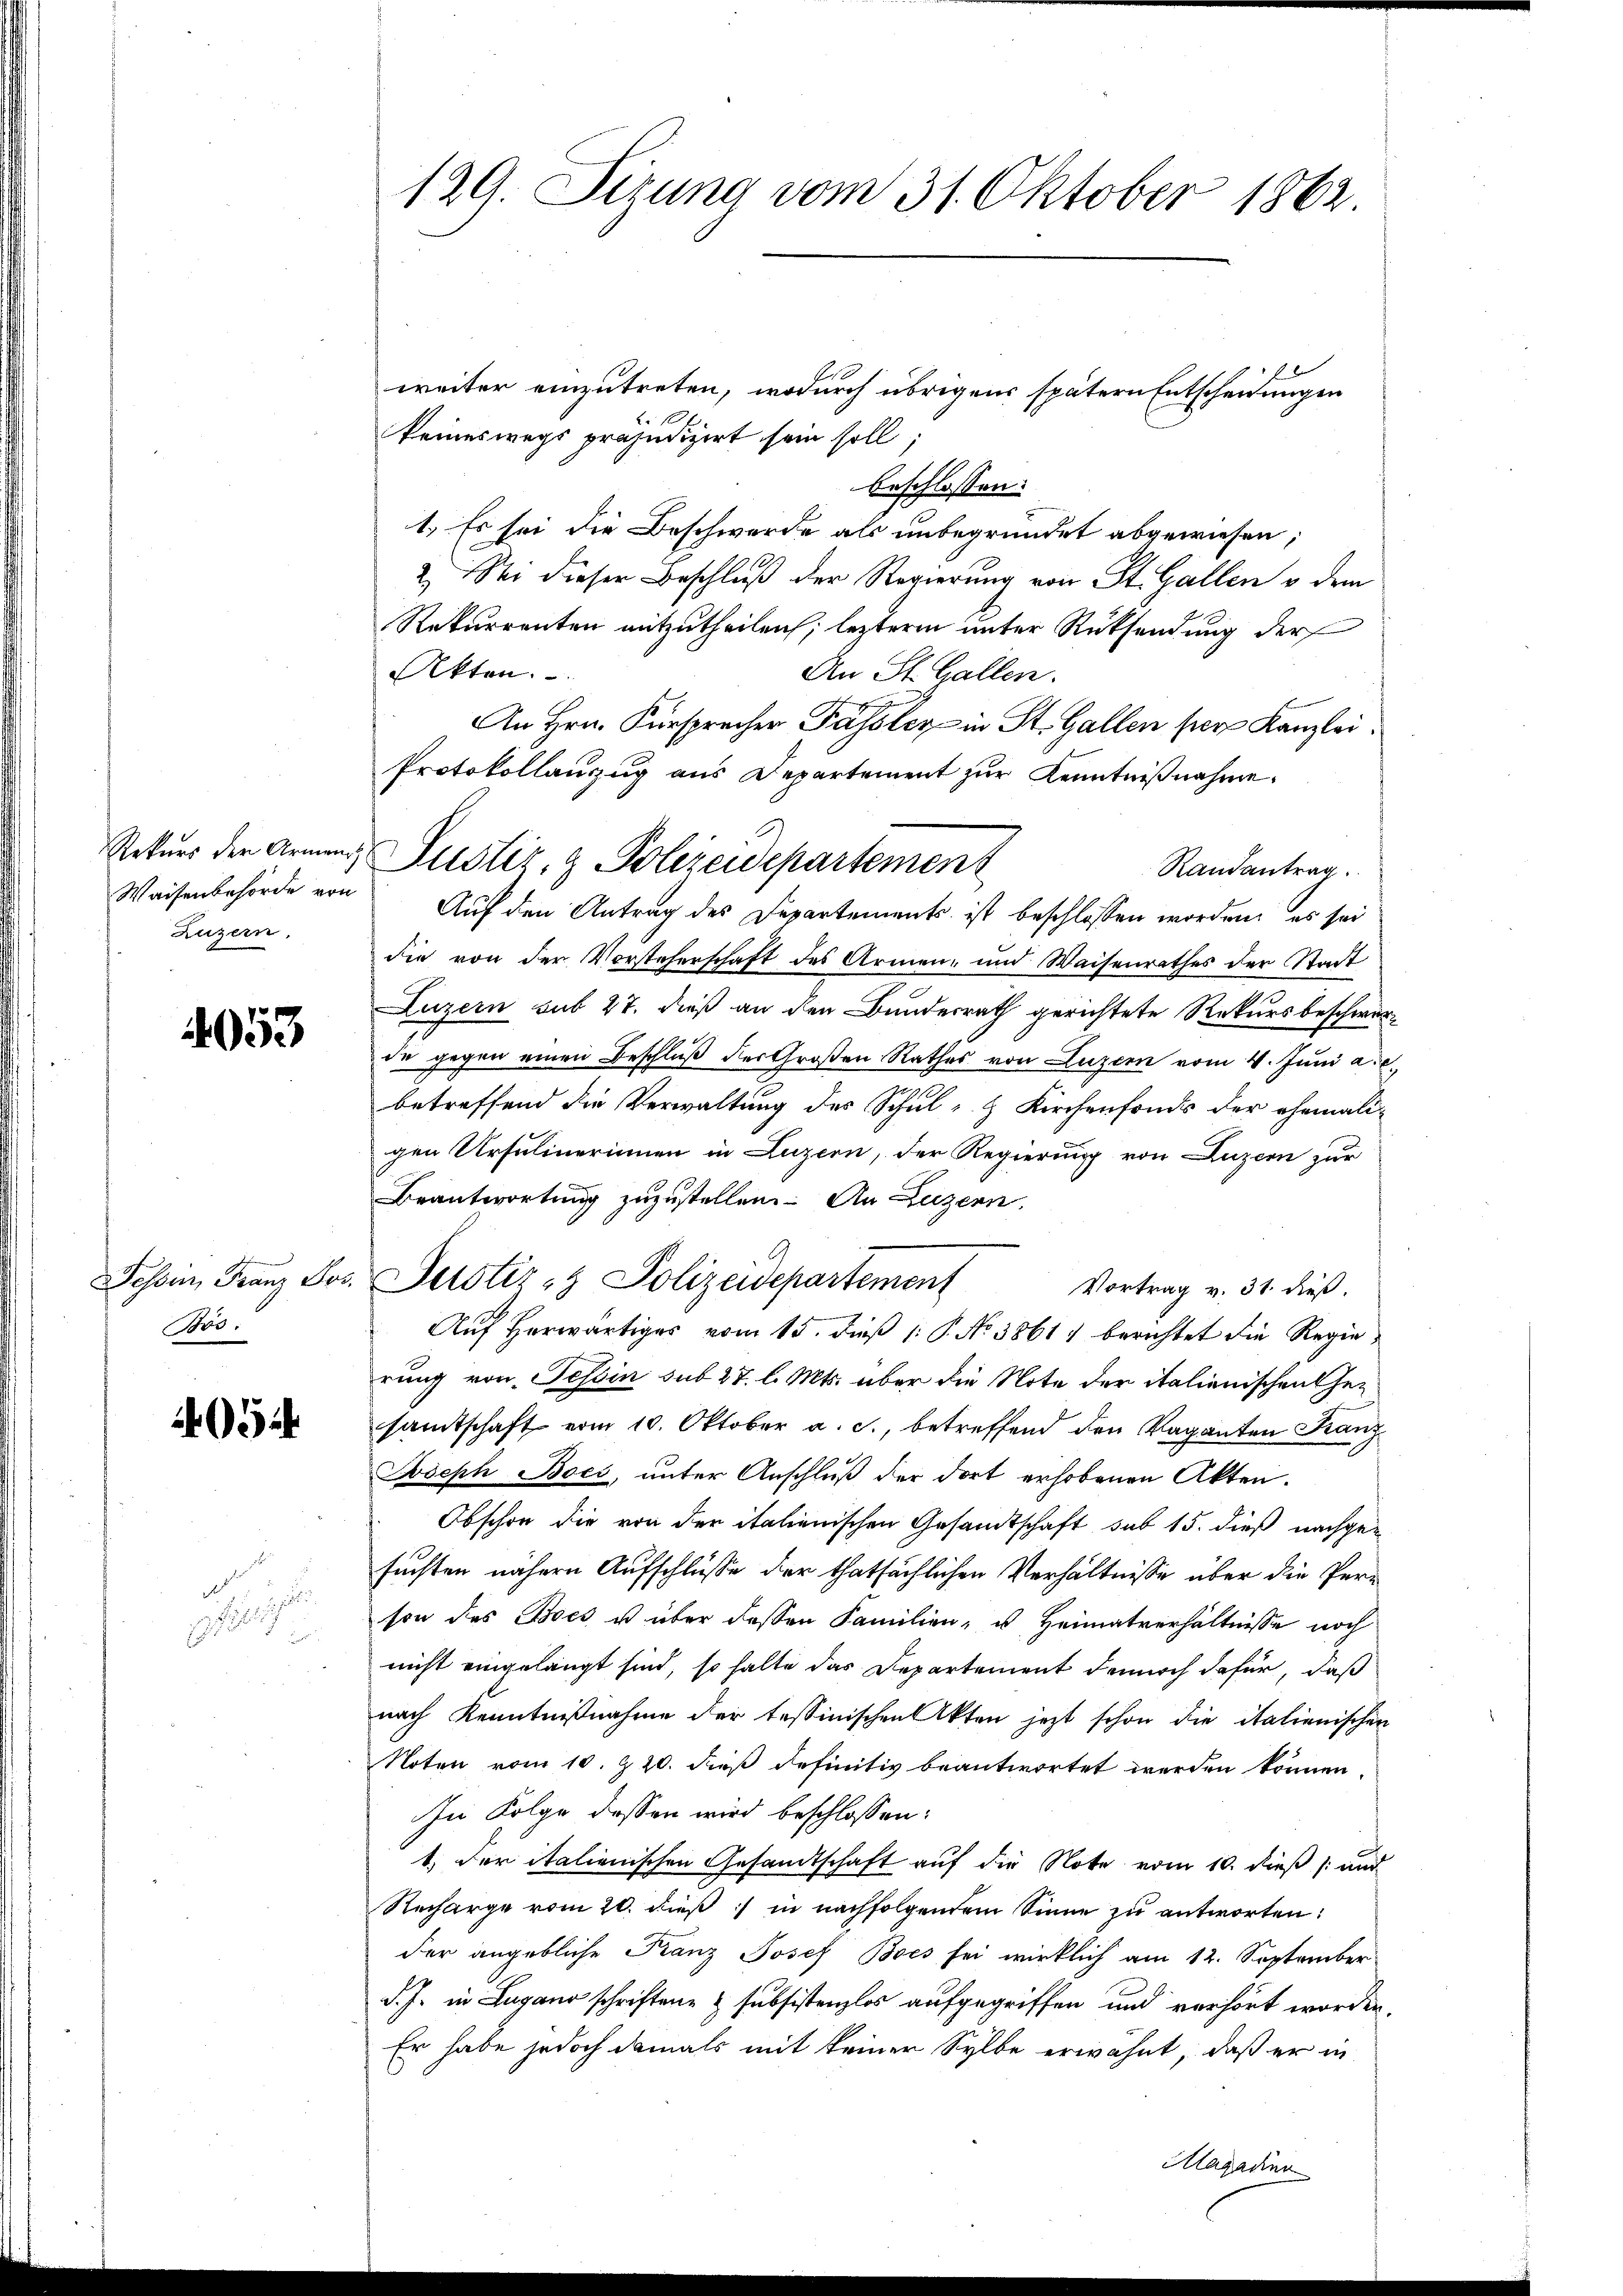
Rekurs der Armenz
Waisenbehörde von
Luzern,

4053

Dasein Franz der
os.

054

1
e

129. Sizung vom 31. Oktober 1862.

weiter einzutreten, wodurch übrigens spätern Entscheidungen
keineswegs präjudizirt sein soll;
beschlossen:
1.) Es sei die Beschwerde als unbegründet abgewiesen;
2.) Sei dieser Beschluß der Regierung von St. Gallen & dem
Rekurrenten mitzutheilen; leztere unter Rücksendung der
Akten.
An St. Gallen.
An Hrn. Fürsprecher Passler in St. Gallen per Kanzlei,
Protokollanzug aus Departement zur Kenntniβnahme.
Randantrag.
Auf den Antrag des Departements ist beschlossen worden, es sei
die von der Vorsteherschaft des Armen- und Waisenrathes der Stadt
Luzern sub 27. dieß an den Bundesrath gerichtete Rekursbeschwerde gegen einen Beschluß der Großen Rathes von Luzern vom 4. Juni a.c.
betreffend die Verwaltung des Schul- & Kirchenfonds der ehemali-
gen Ursulinerinnen in Luzern, der Regierung von Luzern zur
Beantwortung zuzustellen. An Luzern,
Justiz- & Polizeidepartement
Vortrag v. 31. dieß.
Aŭf herwärtiges vom 15. dieβ (: P. No 3861 berichtet die Regierung von Tessin sub 27. l. Mts. über die Note der italienischen Gesamtschaft vom 10. Oktober a. c., betreffend den Vaganten Franz
Joseph Bocs, unter Anschluß der dort erhobenen Akten.
Obschon die von der italienischen Gesandtschaft sub 15. dieß nachgesuchten nähern Aufschlüsse der thatsächlichen Verhältnisse über die Person des Boes u über dessen Familien- u Heimatverhältnisse noch
nicht eingelangt sind, so halte das Departement dennoch dafür, daß
nach Kenntniβnahme der tessinischen Akten jetzt schon die italienischen
Noten vom 10. Z. 20. dieß definitiv beantwortet werden können.
In Folge dessen wird beschlossen:
1. der italienischen Gesandtschaft auf die Note vom 10. dieß (: und
Recharge vom 20. dieß:/ in nachfolgendem Sinne zu antworten:
der angebliche Franz Josef Bocs sei wirklich am 12. September
d. J. in Lugano schriften & subsistenzlos aufgegriffen und verhört worden.
Er habe jedoch damals mit keiner Sylbe erwähnt, daß er in
Hagaden

Justiz & Polizeidepartement